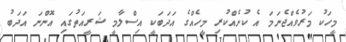
މީހަކު މަރުވެއްޖެނަމަ އެ ކުށެއްކުރި މީހެއްގެ އަދަބަކީ އިސްލާމީ ޝަރީއަތުގައި އޮންނަ އަދަބު